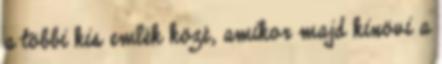
a többi kis emlék közé, amikor majd kinövi a